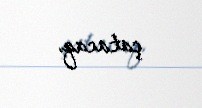
çatacaq.